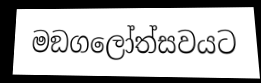
මඞගලෝත්සවයට